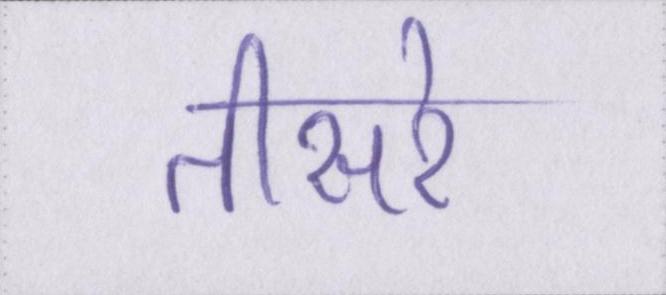
तीसरे